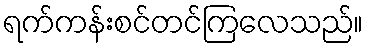
ရက်ကန်းစင်တင်ကြလေသည်။